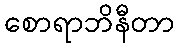
စောရာဘိနီတာ